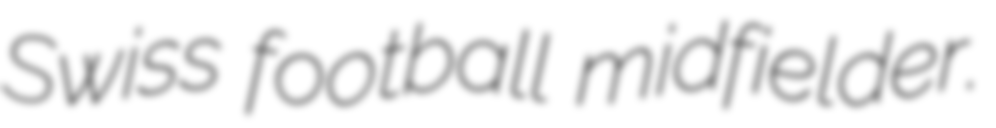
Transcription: Swiss football midfielder.